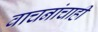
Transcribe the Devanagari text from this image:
वाचनांचाही